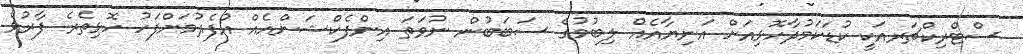
ސްޓްރިކްޗަރއަކީ ކުޑަކަމުދާހޮޅިއަށް އަނިޔާއެއް ލިބުމުގެ ސަބަބުން ނުވަތަ އިންފެކްޝަންއެއް އުފެދުމަށްފަހު ހޮޅިތެރެ ފާރުވެ